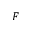
F